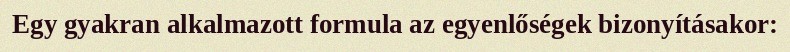
Egy gyakran alkalmazott formula az egyenlőségek bizonyításakor: